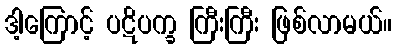
ဒါ့ကြောင့် ပဋိပက္ခ ကြီးကြီး ဖြစ်လာမယ်။